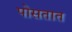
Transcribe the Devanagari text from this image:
पोसतात